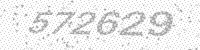
Solution: 572629